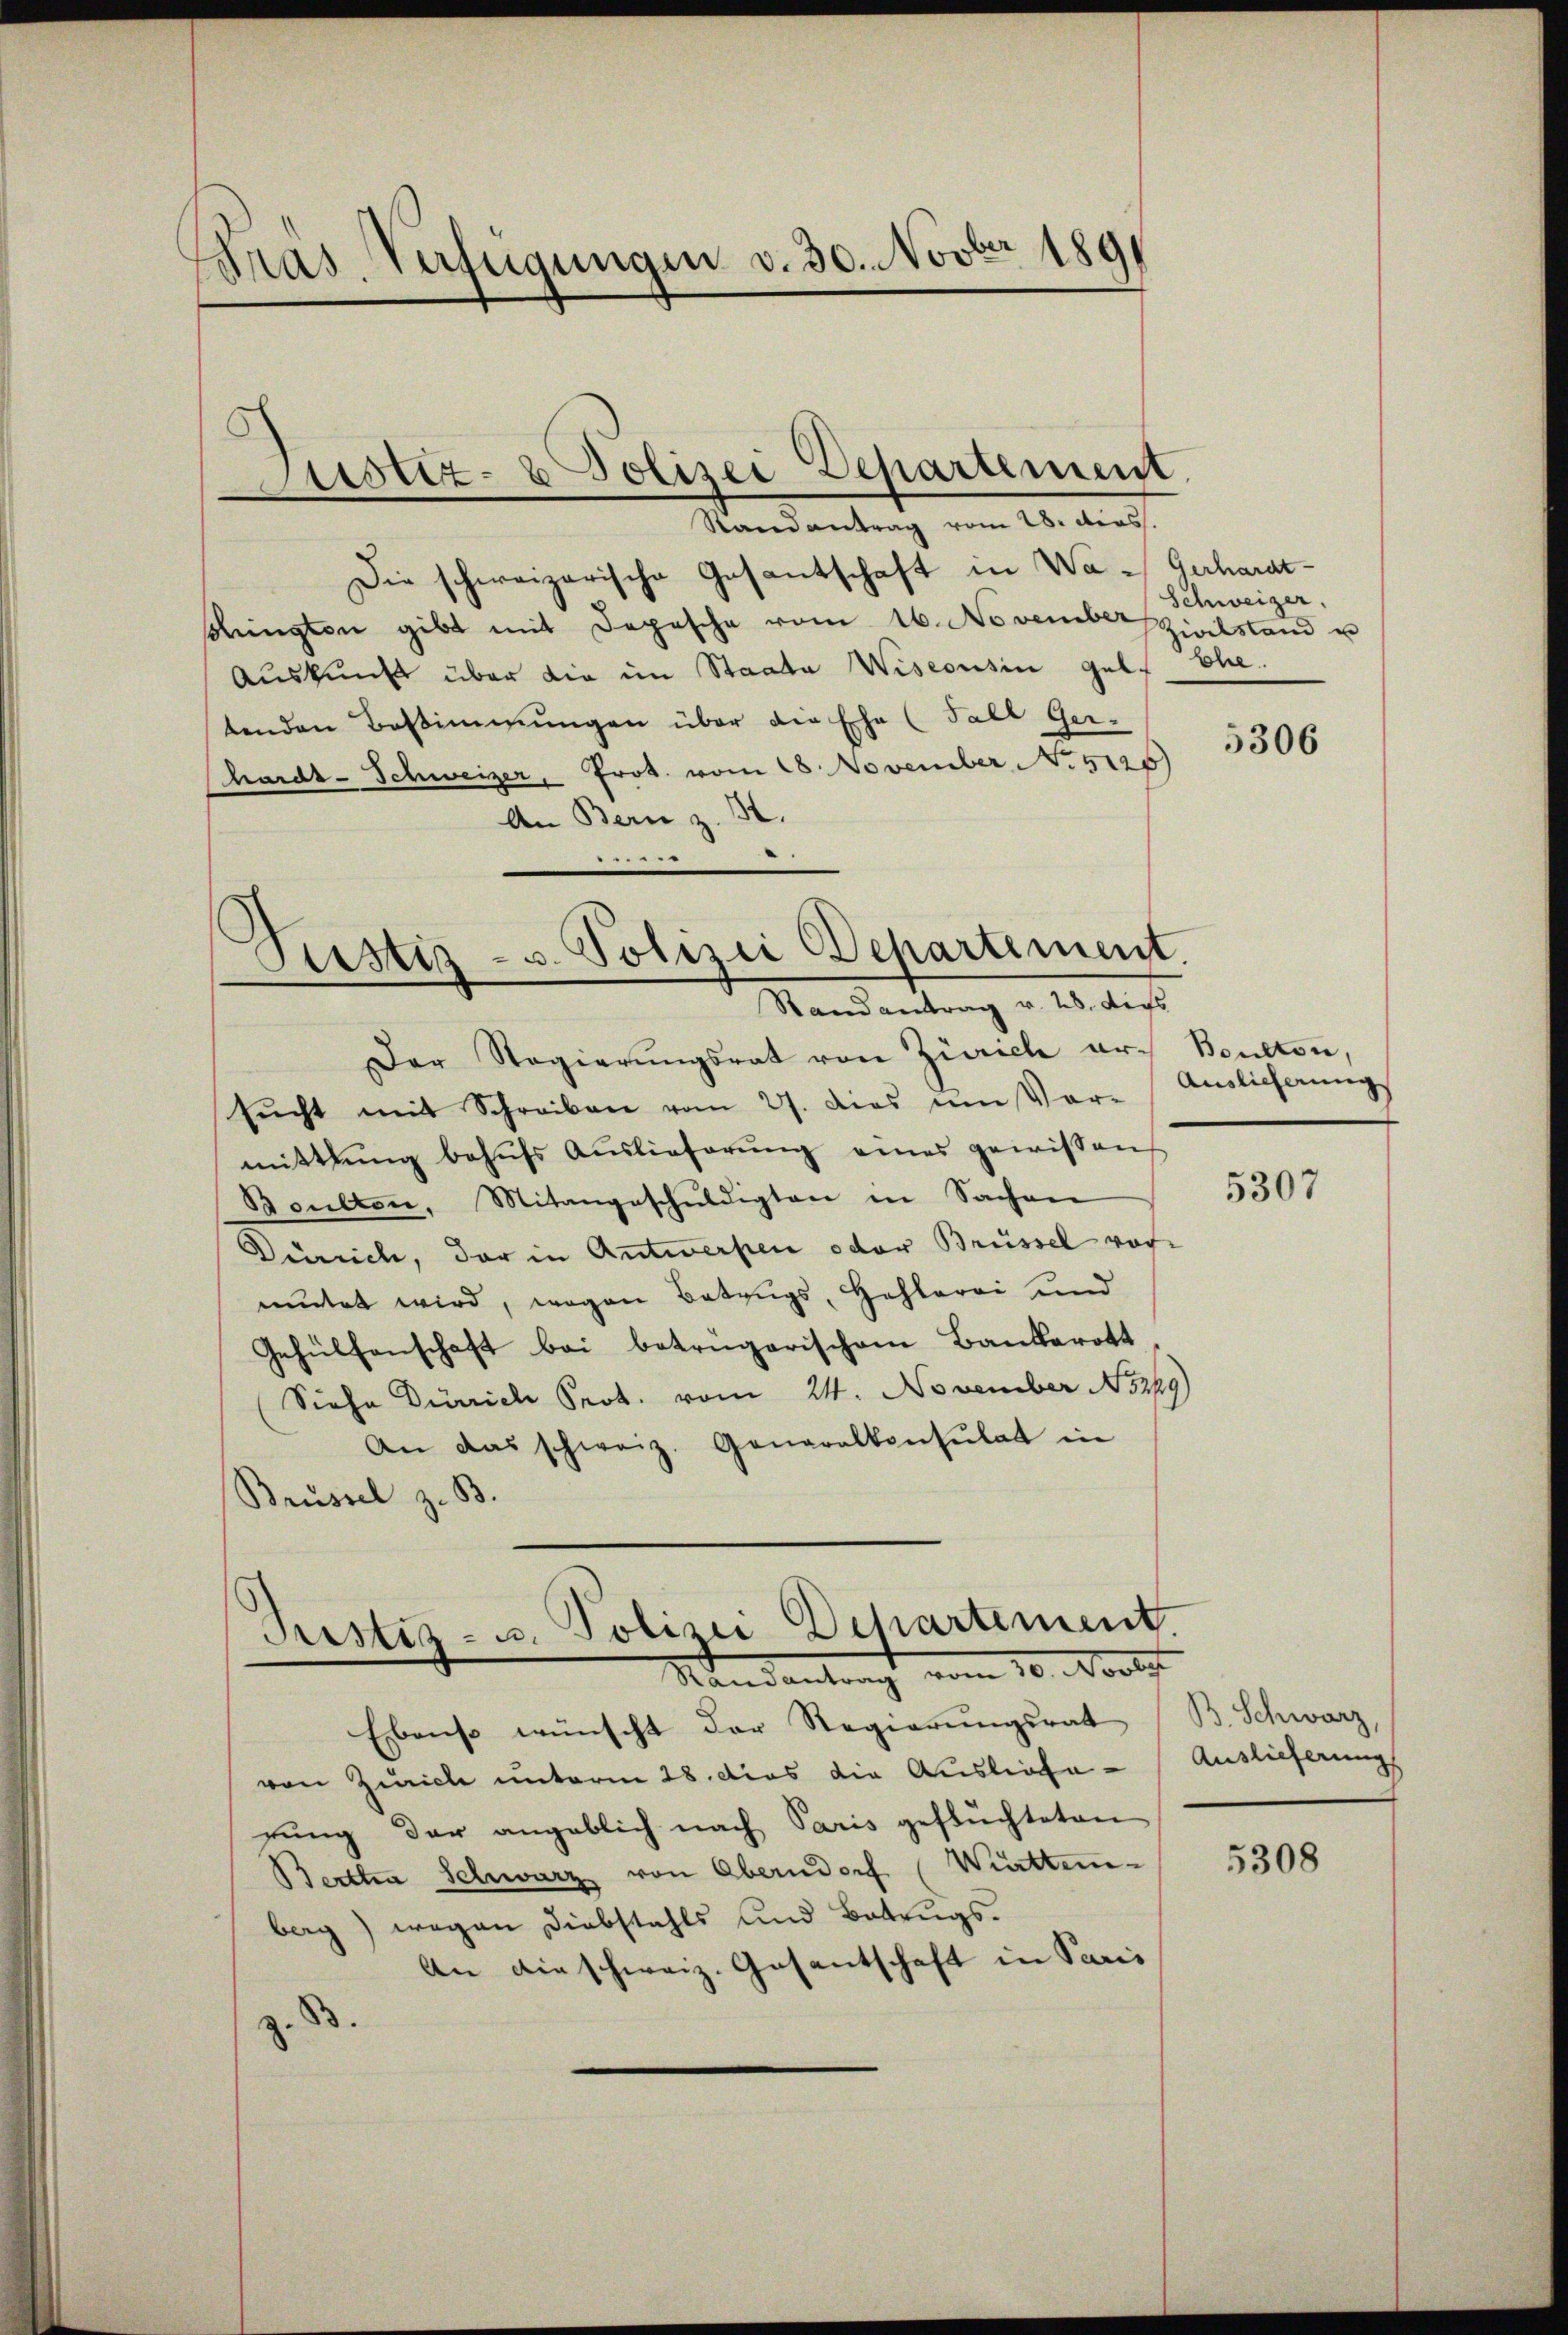
Pras. Verfügungen v. 30. Novber 1891

Justiz- & Polizei Departement

Randantrag vom 28. dies.
Die schweizerische Gesantschaft in Wa-Gerhardt-
schingten gibt mit Depesche vom 16. November Zivilstand u
Auskunft über die im Staate Wiseousin gelt Ehe.
tenden Bestimmungen über die Ehe (Fall Ger-
Chardt-Schweizer, Prot. vom 28. November No 5125
An Bern z. B.
ein
Piustiz- u. Polizei Departement.

Randantrag v. 28. dies

Der Regierŭngsrat von Zürich ar- Bendton,
sŭcht mit Schreiben vom 27. dies um Vor-
mittlung behŭfs Auslieferung eines gewissen
Bculton, Mitangeschuldigten in Sachen
Zürich, der in Antwerpen oder Brüssel vormutet wird, wegen Betrugs, Hehlerei und
Gehülfenschaft bei betrügerischem Bankerott
Siehe Dürrich Prot. vom 24. November 5249)
An das schweiz. Generalkonsulat in
Brüssel z. B.

Pustiz- u. Polizei Departement
Nandantragt vom 10. Wolf

Ebenso wünscht der Regierungsrat
von Zürich unterm 28. dies die Ausliefe
gung der angeblich nach Paris geflüchteten
Bertha Schwarz von Oberndorf (Wirttem-
berg) wegen Diebstahls und Botzugs¬
An die schweiz. Gasantschaft in Paris
.

Schweizer.

5306

Ainlicherung

5307

B. Schwarz,
Auslieferung

5308